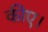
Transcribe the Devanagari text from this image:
कीए।